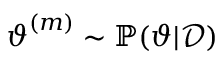
\boldsymbol { \vartheta } ^ { ( m ) } \sim \mathbb { P } ( \boldsymbol { \vartheta } | \mathcal { D } )